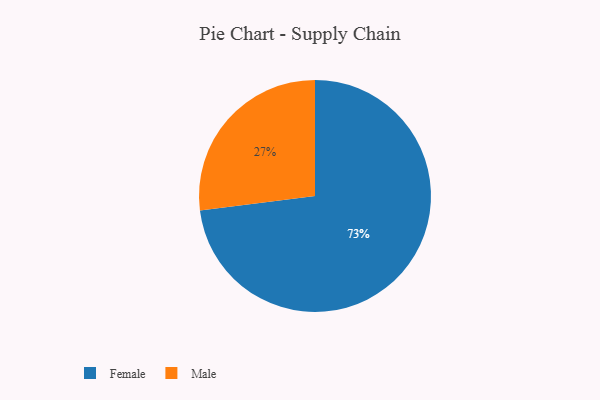
{"axis": {"x": "Category", "y": "Percentage"}, "legend": ["Female", "Male"], "data": [{"x": "Male", "y": 27, "type": "Male"}, {"x": "Female", "y": 73, "type": "Female"}]}